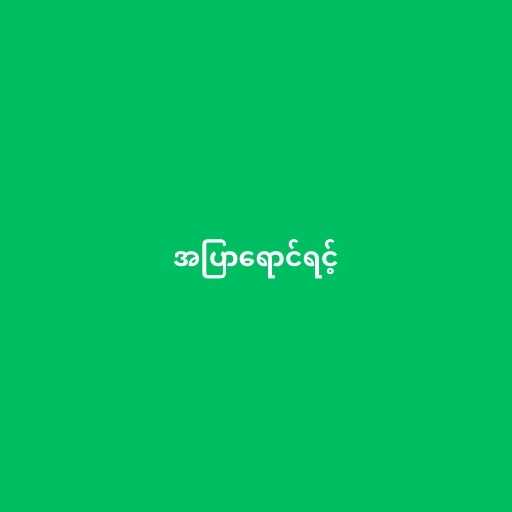
အပြာရောင်ရင့်